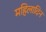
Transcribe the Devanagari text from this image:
महिलादिन